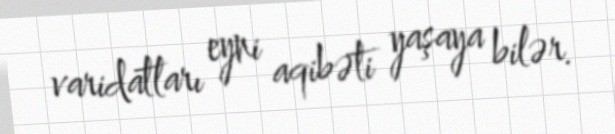
varidatları eyni aqibəti yaşaya bilər.